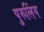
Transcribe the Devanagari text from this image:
पुरुलिंग